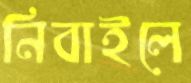
নিবাইলে